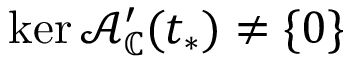
\ker \mathcal { A } _ { \mathbb { C } } ^ { \prime } ( t _ { * } ) \neq \{ 0 \}